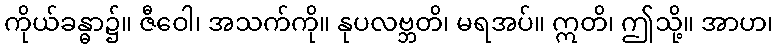
ကိုယ်ခန္ဓာ၌။ ဇီဝေါ၊ အသက်ကို။ နုပလဗ္ဘတိ၊ မရအပ်။ ဣတိ၊ ဤသို့။ အာဟ၊